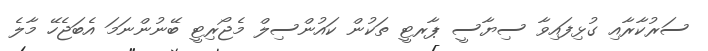
ސަރުކާރާއި ގުޅިފައިވާ ސިޔާސީ ޕާރޓީ ތަކުން ކައުންސިލް މެޖޯރިޓީ ބޭނުންނަމަ އެބަޖެހޭ މާލެ